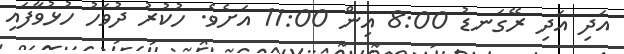
އަދި އަދި ރޭގަނޑު 8:00 އިން 11:00 އަށެވެ. ހުކުރު ދުވަހު ހުޅުވާފައި